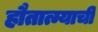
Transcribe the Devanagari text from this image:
हौतात्म्याची